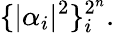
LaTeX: \{ |\alpha_{i}|^{2}\} _{i}^{2^{n}}.